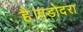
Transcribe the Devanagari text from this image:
है।वडोदरा